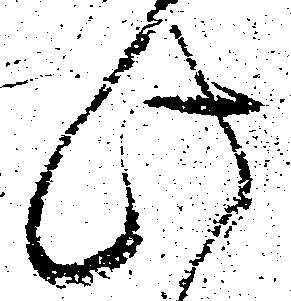
此